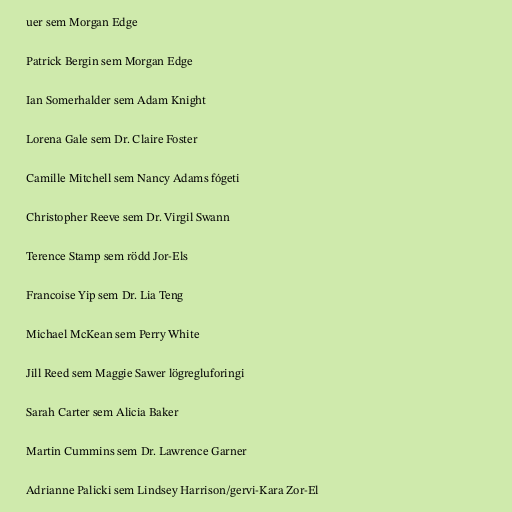
uer sem Morgan Edge

Patrick Bergin sem Morgan Edge

Ian Somerhalder sem Adam Knight

Lorena Gale sem Dr. Claire Foster

Camille Mitchell sem Nancy Adams fógeti

Christopher Reeve sem Dr. Virgil Swann

Terence Stamp sem rödd Jor-Els

Francoise Yip sem Dr. Lia Teng

Michael McKean sem Perry White

Jill Reed sem Maggie Sawer lögregluforingi

Sarah Carter sem Alicia Baker

Martin Cummins sem Dr. Lawrence Garner

Adrianne Palicki sem Lindsey Harrison/gervi-Kara Zor-El